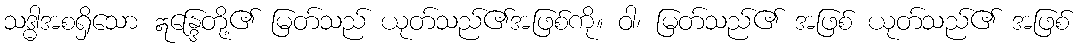
သဒ္ဓါအစရှိသော ဣန္ဒြေတို့၏ မြတ်သည် ယုတ်သည်၏အဖြစ်ကို။ ဝါ၊ မြတ်သည်၏ အဖြစ် ယုတ်သည်၏ အဖြစ်